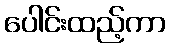
ပေါင်းထည့်ကာ